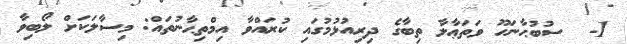
1-  ސުބުޙާނަހޫ ވަތަޢާލާ ތިބާގެ ދިރިއުޅުމުގައި ކުރައްވާ އިމްތިޙާނުތައް: މިސާލަކަށް ލޯބިވާ